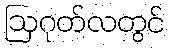
ဩဂုတ်လတွင်